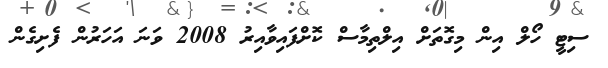
ސިޓީ ހޯލް އިން މިގޮތަށް އިލްތިމާސް ކޮށްފައިވާއިރު 2008 ވަނަ އަހަރުން ފެށިގެން